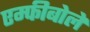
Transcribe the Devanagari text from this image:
एम्फीबोले